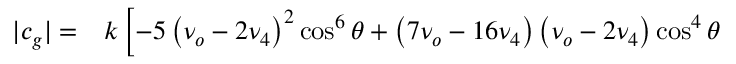
\begin{array} { r l } { | c _ { g } | = } & { { } k \left[ - 5 \left( \nu _ { o } - 2 \nu _ { 4 } \right) ^ { 2 } \cos ^ { 6 } \theta + \left( 7 \nu _ { o } - 1 6 \nu _ { 4 } \right) \left( \nu _ { o } - 2 \nu _ { 4 } \right) \cos ^ { 4 } \theta \right. } \end{array}